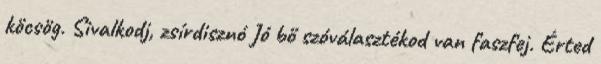
köcsög. Sivalkodj, zsírdisznó Jó bő szóválasztékod van faszfej. Érted